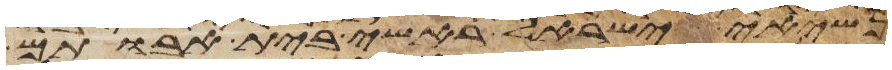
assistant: נשיאי ישראל ראשי בית אבותם